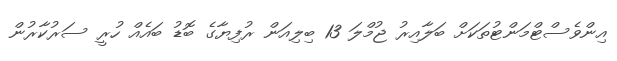
އިންވެސްޓްމަންޓުތަކަށް ބަލާއިރު ޖުމްލަ 13 ބިލިއަން ރުފިޔާގެ ބޮޑު ބައެއް ހުރީ ސަރުކާރުން